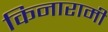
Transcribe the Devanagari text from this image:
किनारामी